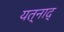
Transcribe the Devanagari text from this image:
यत्नाद्